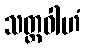
သတ္ထဝါဟံ